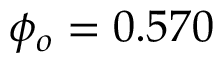
\phi _ { o } = 0 . 5 7 0